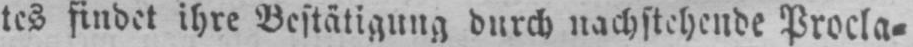
tes findet ihre Bestätigung durch nachstehende Procla⸗